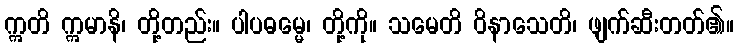
ဣတိ ဣမာနိ၊ တို့တည်း။ ပါပဓမ္မေ၊ တို့ကို။ သမေတိ ဝိနာသေတိ၊ ဖျက်ဆီးတတ်၏။